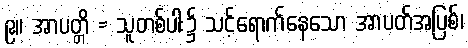
၉။ အာပတ္တိ = သူတစ်ပါး၌ သင့်ရောက်နေသော အာပတ်အပြစ်၊